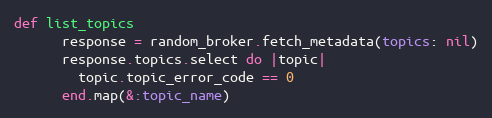
Language: Ruby
def list_topics
      response = random_broker.fetch_metadata(topics: nil)
      response.topics.select do |topic|
        topic.topic_error_code == 0
      end.map(&:topic_name)